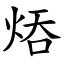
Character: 㶺